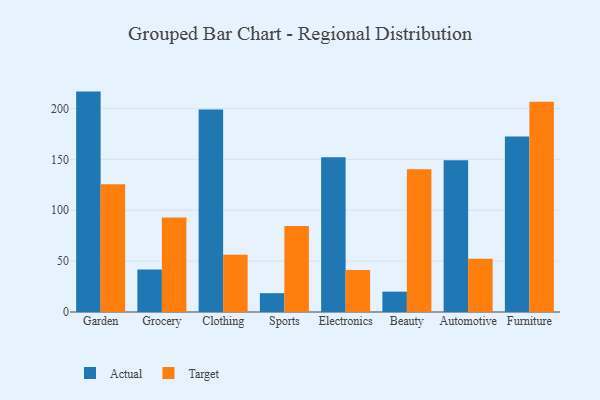
{"axis": {"x": "Category", "y": "Operating Costs (USD K)"}, "legend": ["Actual", "Target"], "data": [{"x": "Garden", "y": 216.6, "type": "Actual"}, {"x": "Garden", "y": 125.5, "type": "Target"}, {"x": "Grocery", "y": 41.7, "type": "Actual"}, {"x": "Grocery", "y": 92.9, "type": "Target"}, {"x": "Clothing", "y": 198.9, "type": "Actual"}, {"x": "Clothing", "y": 56.2, "type": "Target"}, {"x": "Sports", "y": 18.5, "type": "Actual"}, {"x": "Sports", "y": 84.5, "type": "Target"}, {"x": "Electronics", "y": 152.2, "type": "Actual"}, {"x": "Electronics", "y": 41.2, "type": "Target"}, {"x": "Beauty", "y": 20.0, "type": "Actual"}, {"x": "Beauty", "y": 140.2, "type": "Target"}, {"x": "Automotive", "y": 149.1, "type": "Actual"}, {"x": "Automotive", "y": 52.4, "type": "Target"}, {"x": "Furniture", "y": 172.4, "type": "Actual"}, {"x": "Furniture", "y": 206.7, "type": "Target"}]}